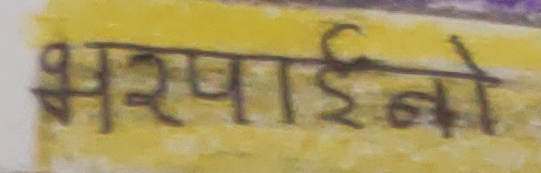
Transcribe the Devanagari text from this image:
भर्पाईको